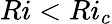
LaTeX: Ri<Ri_{c}